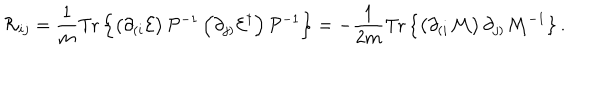
LaTeX: { \cal R } _ { i j } = \frac { 1 } { m } \mathrm { T r } \left\{ \left( \partial _ { ( i } { \cal E } \right) { \cal P } ^ { - 1 } \left( \partial _ { j ) } { \cal E } ^ { \dagger } \right) { \cal P } ^ { - 1 } \right\} = - \frac { 1 } { 2 m } \mathrm { T r } \left\{ \left( \partial _ { ( i } { \cal M } \right) \partial _ { j ) } { \cal M } ^ { - 1 } \right\} .